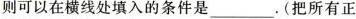
则可以在横线处填入的条件是_。(把所有正